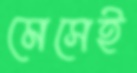
মেসেই